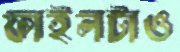
ফাইলটাও